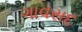
ગાવસદ